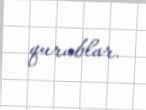
qurublar.